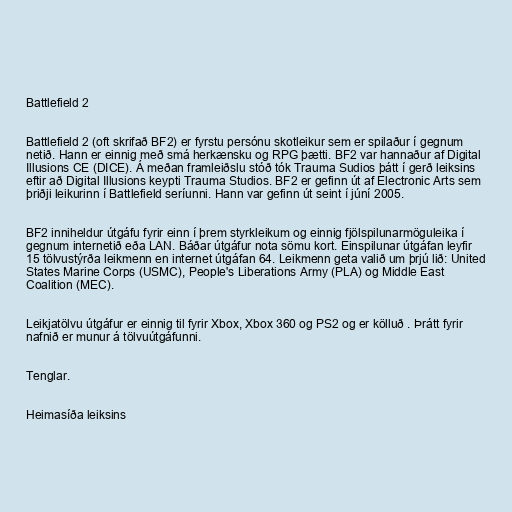
Battlefield 2

Battlefield 2 (oft skrifað BF2) er fyrstu persónu skotleikur sem er spilaður í gegnum
netið. Hann er einnig með smá herkænsku og RPG þætti. BF2 var hannaður af Digital
Illusions CE (DICE). Á meðan framleiðslu stóð tók Trauma Sudios þátt í gerð leiksins
eftir að Digital Illusions keypti Trauma Studios. BF2 er gefinn út af Electronic Arts sem
þriðji leikurinn í Battlefield seríunni. Hann var gefinn út seint í júní 2005.

BF2 inniheldur útgáfu fyrir einn í þrem styrkleikum og einnig fjölspilunarmöguleika í
gegnum internetið eða LAN. Báðar útgáfur nota sömu kort. Einspilunar útgáfan leyfir
15 tölvustýrða leikmenn en internet útgáfan 64. Leikmenn geta valið um þrjú lið: United
States Marine Corps (USMC), People's Liberations Army (PLA) og Middle East
Coalition (MEC).

Leikjatölvu útgáfur er einnig til fyrir Xbox, Xbox 360 og PS2 og er kölluð . Þrátt fyrir
nafnið er munur á tölvuútgáfunni.

Tenglar.

Heimasíða leiksins